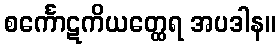
စင်္ကောဋကိယတ္ထေရ အပဒါန။